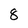
Character: 8